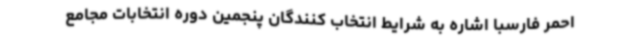
احمر فارسبا اشاره به شرایط انتخاب کنندگان پنجمین دوره انتخابات مجامع